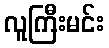
လူကြီးမင်း